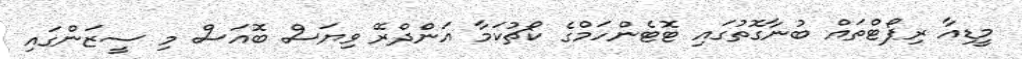
މީޑިއާ ރިޕޯޓްތައް ބުނާގޮތުގައި ޓޮޓެންހަމްގެ ކޯޗުކަމާ އަންދްރޭ ވިޔަސް ބޮއަސް މި ސީޒަންގައި